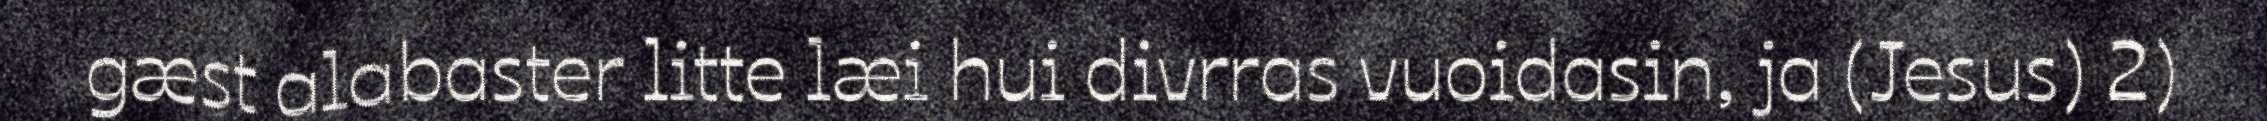
gæst alabaster litte læi hui divrras vuoidasin, ja (Jesus) 2)